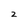
Character: 2